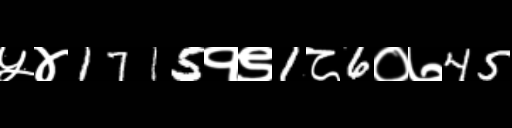
Text: ५४1715१९1८6०७45